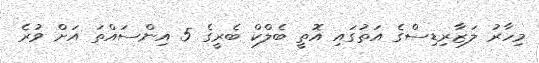
މިހާރު ލަޒާރިޑިސްގެ އަތުގައި އޮތީ ބެލްކް ބެރީގެ 5 އިންސައްތަ އަށް ވުރެ